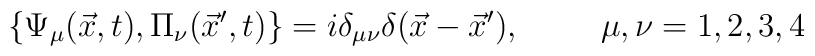
\{\Psi_{\mu}(\vec x,t),\Pi_{\nu}(\vec x^{\prime},t)\}  = i\delta_{\mu\nu}\delta(\vec x-\vec x^{\prime}),\hspace{1cm} \mu,\nu=1,2,3,4